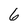
Character: 6